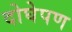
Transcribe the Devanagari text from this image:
दोघेपण